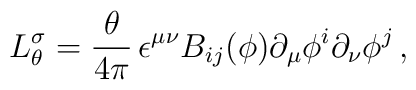
L_{\theta}^{\sigma}= {\theta\over 4\pi}\, \epsilon^{\mu\nu} B_{ij}(\phi)\partial_{\mu}\phi^{i}\partial_{\nu}\phi^{j}\, ,